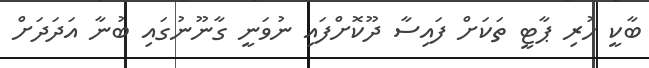
ބާކީ ހުރި ޕާޓީ ތަކަށް ފައިސާ ދޫކޮށްފައި ނުވަނީ ގާނޫނުގައި ބުނާ އަދަދަށް